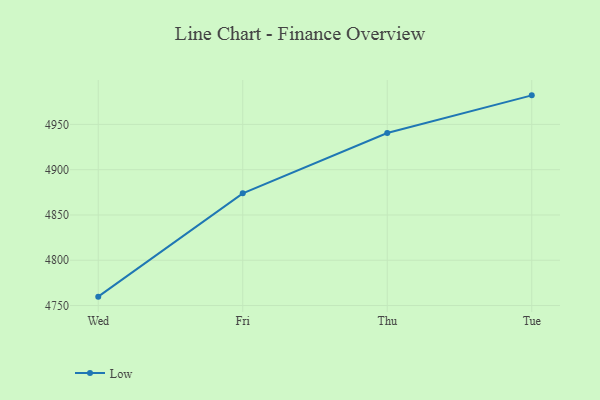
{"axis": {"x": "Day", "y": "Temperature (°C)"}, "legend": ["Low"], "data": [{"x": "Wed", "y": 4759.8, "type": "Low"}, {"x": "Fri", "y": 4873.9, "type": "Low"}, {"x": "Thu", "y": 4940.5, "type": "Low"}, {"x": "Tue", "y": 4982.1, "type": "Low"}]}